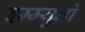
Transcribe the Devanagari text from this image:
इम्म्युनो